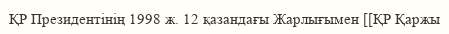
ҚР Президентінің 1998 ж. 12 қазандағы Жарлығымен [[ҚР Қаржы